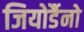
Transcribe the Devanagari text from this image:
जियोर्डैनो